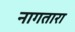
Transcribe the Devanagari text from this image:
नागतारा